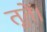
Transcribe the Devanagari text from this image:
तूतें।